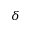
\delta